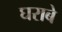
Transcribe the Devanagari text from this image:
घराबे